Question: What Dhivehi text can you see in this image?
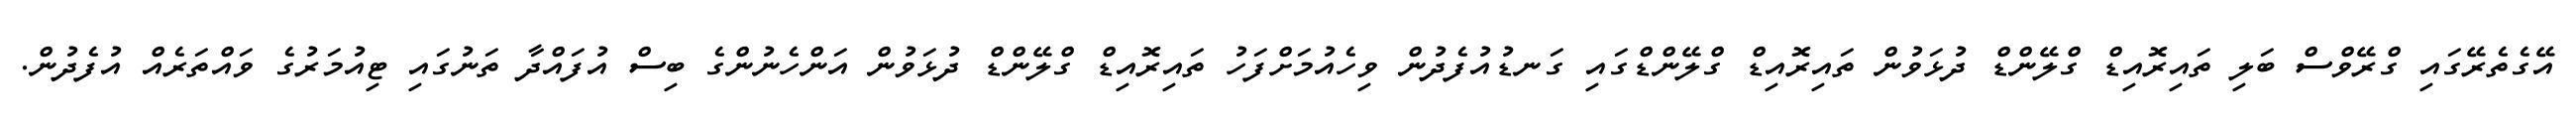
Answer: އޭގެތެރޭގައި ގްރޭވްސް ބަލި ތައިރޮއިޑް ގްލޭންޑް ދުޅަވުން ތައިރޮއިޑް ގްލޭންޑްގައި ގަނޑުއުފެދުން ވިހެއުމަށްފަހު ތައިރޮއިޑް ގްލޭންޑް ދުޅަވުން އަންހެނުންގެ ބިސް އުފައްދާ ތަނުގައި ޓިއުމަރުގެ ވައްތަރެއް އުފެދުން.